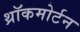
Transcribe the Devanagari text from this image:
थ्रॉकमोर्टन